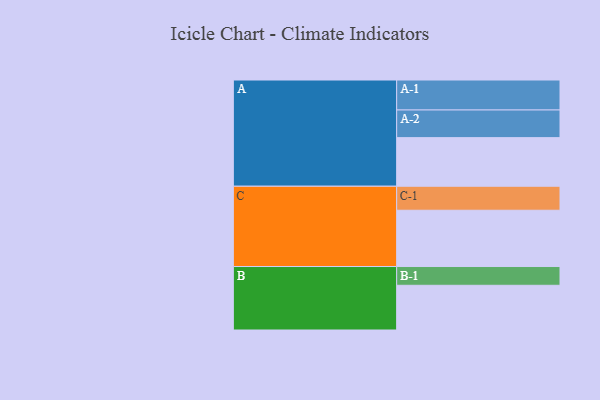
{"axis": {"x": "Segment", "y": "Value"}, "legend": ["", "A", "B", "C"], "data": [{"x": "A", "y": 399, "type": ""}, {"x": "B", "y": 367, "type": ""}, {"x": "C", "y": 462, "type": ""}, {"x": "A-1", "y": 246, "type": "A"}, {"x": "A-2", "y": 227, "type": "A"}, {"x": "B-1", "y": 154, "type": "B"}, {"x": "C-1", "y": 197, "type": "C"}]}